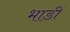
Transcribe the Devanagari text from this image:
भाडीं